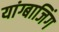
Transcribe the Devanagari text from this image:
यांग्बाजिंग